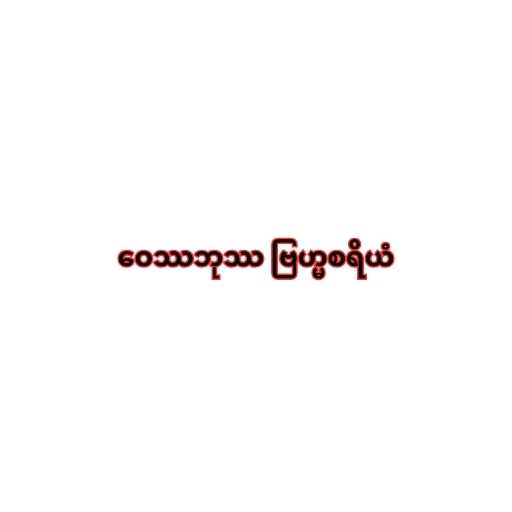
ဝေဿဘုဿ ဗြဟ္မစရိယံ